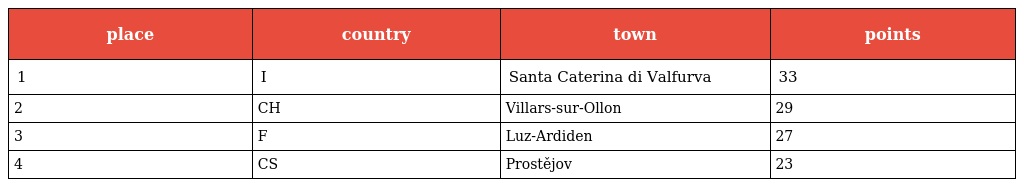
| place | country | town | points |
 | --- | --- | --- | --- |
 | 1 | I | Santa Caterina di Valfurva | 33 |
 | 2 | CH | Villars-sur-Ollon | 29 |
 | 3 | F | Luz-Ardiden | 27 |
 | 4 | CS | Prostějov | 23 |